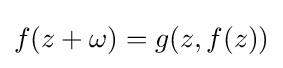
f(z+\omega )=g(z,f(z))